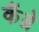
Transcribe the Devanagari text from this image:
कैंब्रे